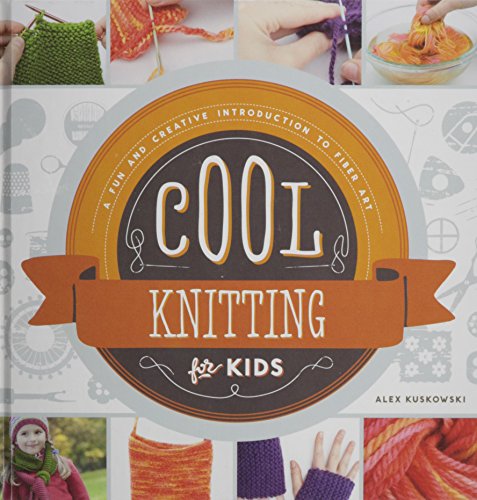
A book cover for Cool Knitting for Kids: A Fun and Creative Introduction to Fiber Art (Cool Fiber Art); Alex Kuskowski; Crafts, Hobbies & Home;